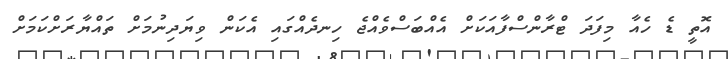
އޮތީ ޑެ ހެއާ މިފަދަ ޓްރާންސްފާއަކަށް އެއްބަސްވެއްޖެ ހިނދެއްގައި އެކަން ވިޔަދިނުމަށް ތައްޔާރަށްކަމަށް